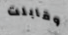
وقابلت